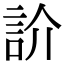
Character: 䚸